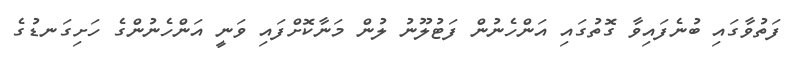
ފަތުވާގައި ބުނެފައިވާ ގޮތުގައި އަންހެނުން ފަޓުލޫނު ލުން މަނާކޮށްފައި ވަނީ އަންހެނުންގެ ހަށިގަނޑުގެ